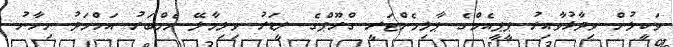
ވަކީލުން ވިދާޅުވާއިރު ޕީޕީއެމްގެ ޕާލިމެންޓަރީ ގްރޫޕްގެ ލީޑަރު ވިލިމާލޭ މެމްބަރު އަހްމަދު ނިހާނު